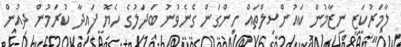
ލާމަރުކަޒީ ނިޒާމުން ކައުންސިލްތައް ހިންގަން ގެނެވުނު ބަދަލުގެ ހެޔޮ ފައިދާ ކުރަމުން ދިއުން